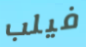
فيلب